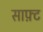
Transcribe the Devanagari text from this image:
साफ़्ट